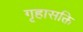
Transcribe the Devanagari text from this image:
गृहासक्ति